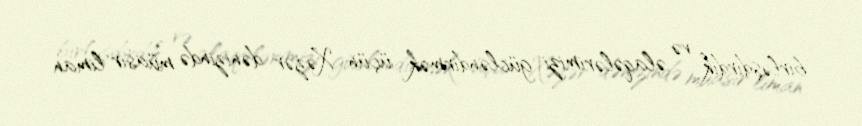
birləşdirdik və əlaqələrimizi gücləndirmək üçün Xəzər dənizində müasir liman